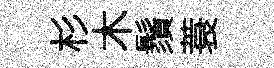
杉木鬚蓑